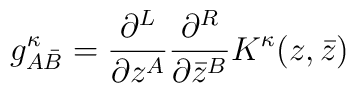
g^\kappa_{A {\bar B}}  =              \frac{\partial ^L}{\partial z^A}		\frac{\partial ^R}{\partial {\bar z}^B}			       K^\kappa  (z,{\bar z})